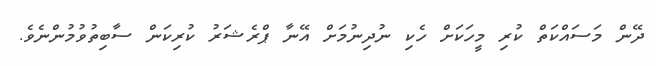
ދޭން މަސައްކަތް ކުރި މީހަކަށް ހެކި ނުދިނުމަށް އޭނާ ޕްރެޝަރު ކުރިކަން ސާބިތުވުމުންނެވެ.